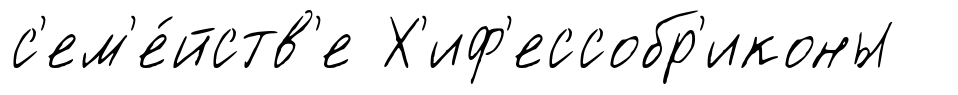
с'ем'е́йств'е Х'иф'ессобр'иконы